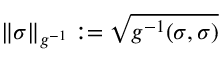
\| \sigma \| _ { g ^ { - 1 } } : = \sqrt { g ^ { - 1 } ( \sigma , \sigma ) }